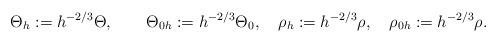
LaTeX: \begin{gather*} \Theta_h:=h^{-2/3}\Theta,\quad\quad\Theta_{0h}:=h^{-2/3}\Theta_0,\quad\rho_h:=h^{-2/3}\rho, \quad\rho_{0h}:=h^{-2/3}\rho.\end{gather*}